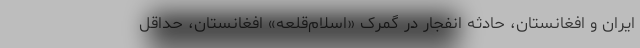
ایران و افغانستان، حادثه انفجار در گمرک «اسلام‌قلعه» افغانستان، حداقل